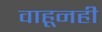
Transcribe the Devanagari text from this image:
वाहूनही